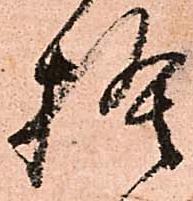
捨